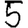
Digit: 5